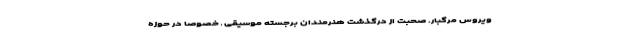
ویروس مرگبار. صحبت از درگذشت هنرمندان برجسته موسیقی ـ خصوصا در حوزه